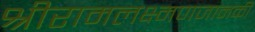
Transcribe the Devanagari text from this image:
श्रीरामलक्ष्मणजानकी